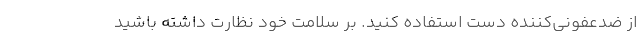
از ضدعفونی‌کننده دست استفاده کنید. بر سلامت خود نظارت داشته باشید